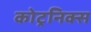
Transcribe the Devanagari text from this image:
कोट्रनिक्स